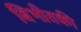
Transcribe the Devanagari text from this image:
बिभीतकी